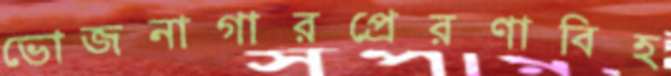
ভোজনাগারপ্রেরণাবিহ